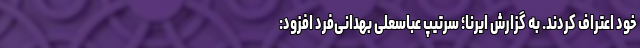
خود اعتراف کردند. به گزارش ایرنا؛ سرتیپ عباسعلی بهدانی‌فرد افزود: